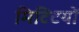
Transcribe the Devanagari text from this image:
मिटिटयों